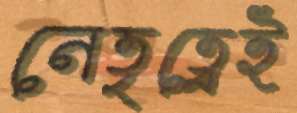
নেতৃত্বেই